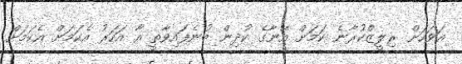
އަވަހަށް ރިލީޒްކުރާނެ ކަމަށް އޭނާގެ ކުދިން ބުނެފައިވާތީ އާ އަހަރު އެކަމަށް އެކަމަށް